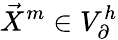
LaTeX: \vec{X}^{m}\in V_{\partial}^{h}